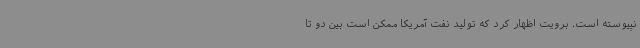
نپیوسته است. برویت اظهار کرد که تولید نفت آمریکا ممکن است بین دو تا